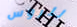
للروس